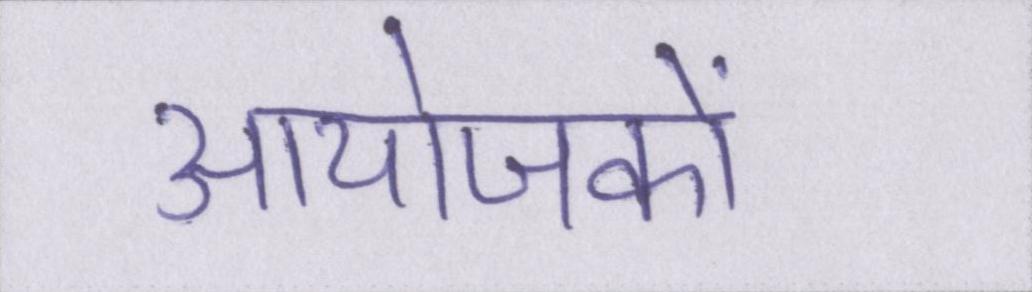
आयोजकों